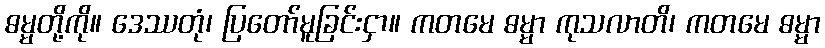
ဓမ္မတို့ကို။ ဒေဿတုံ၊ ပြတော်မူခြင်းငှာ။ ကတမေ ဓမ္မာ ကုသလာတိ၊ ကတမေ ဓမ္မာ